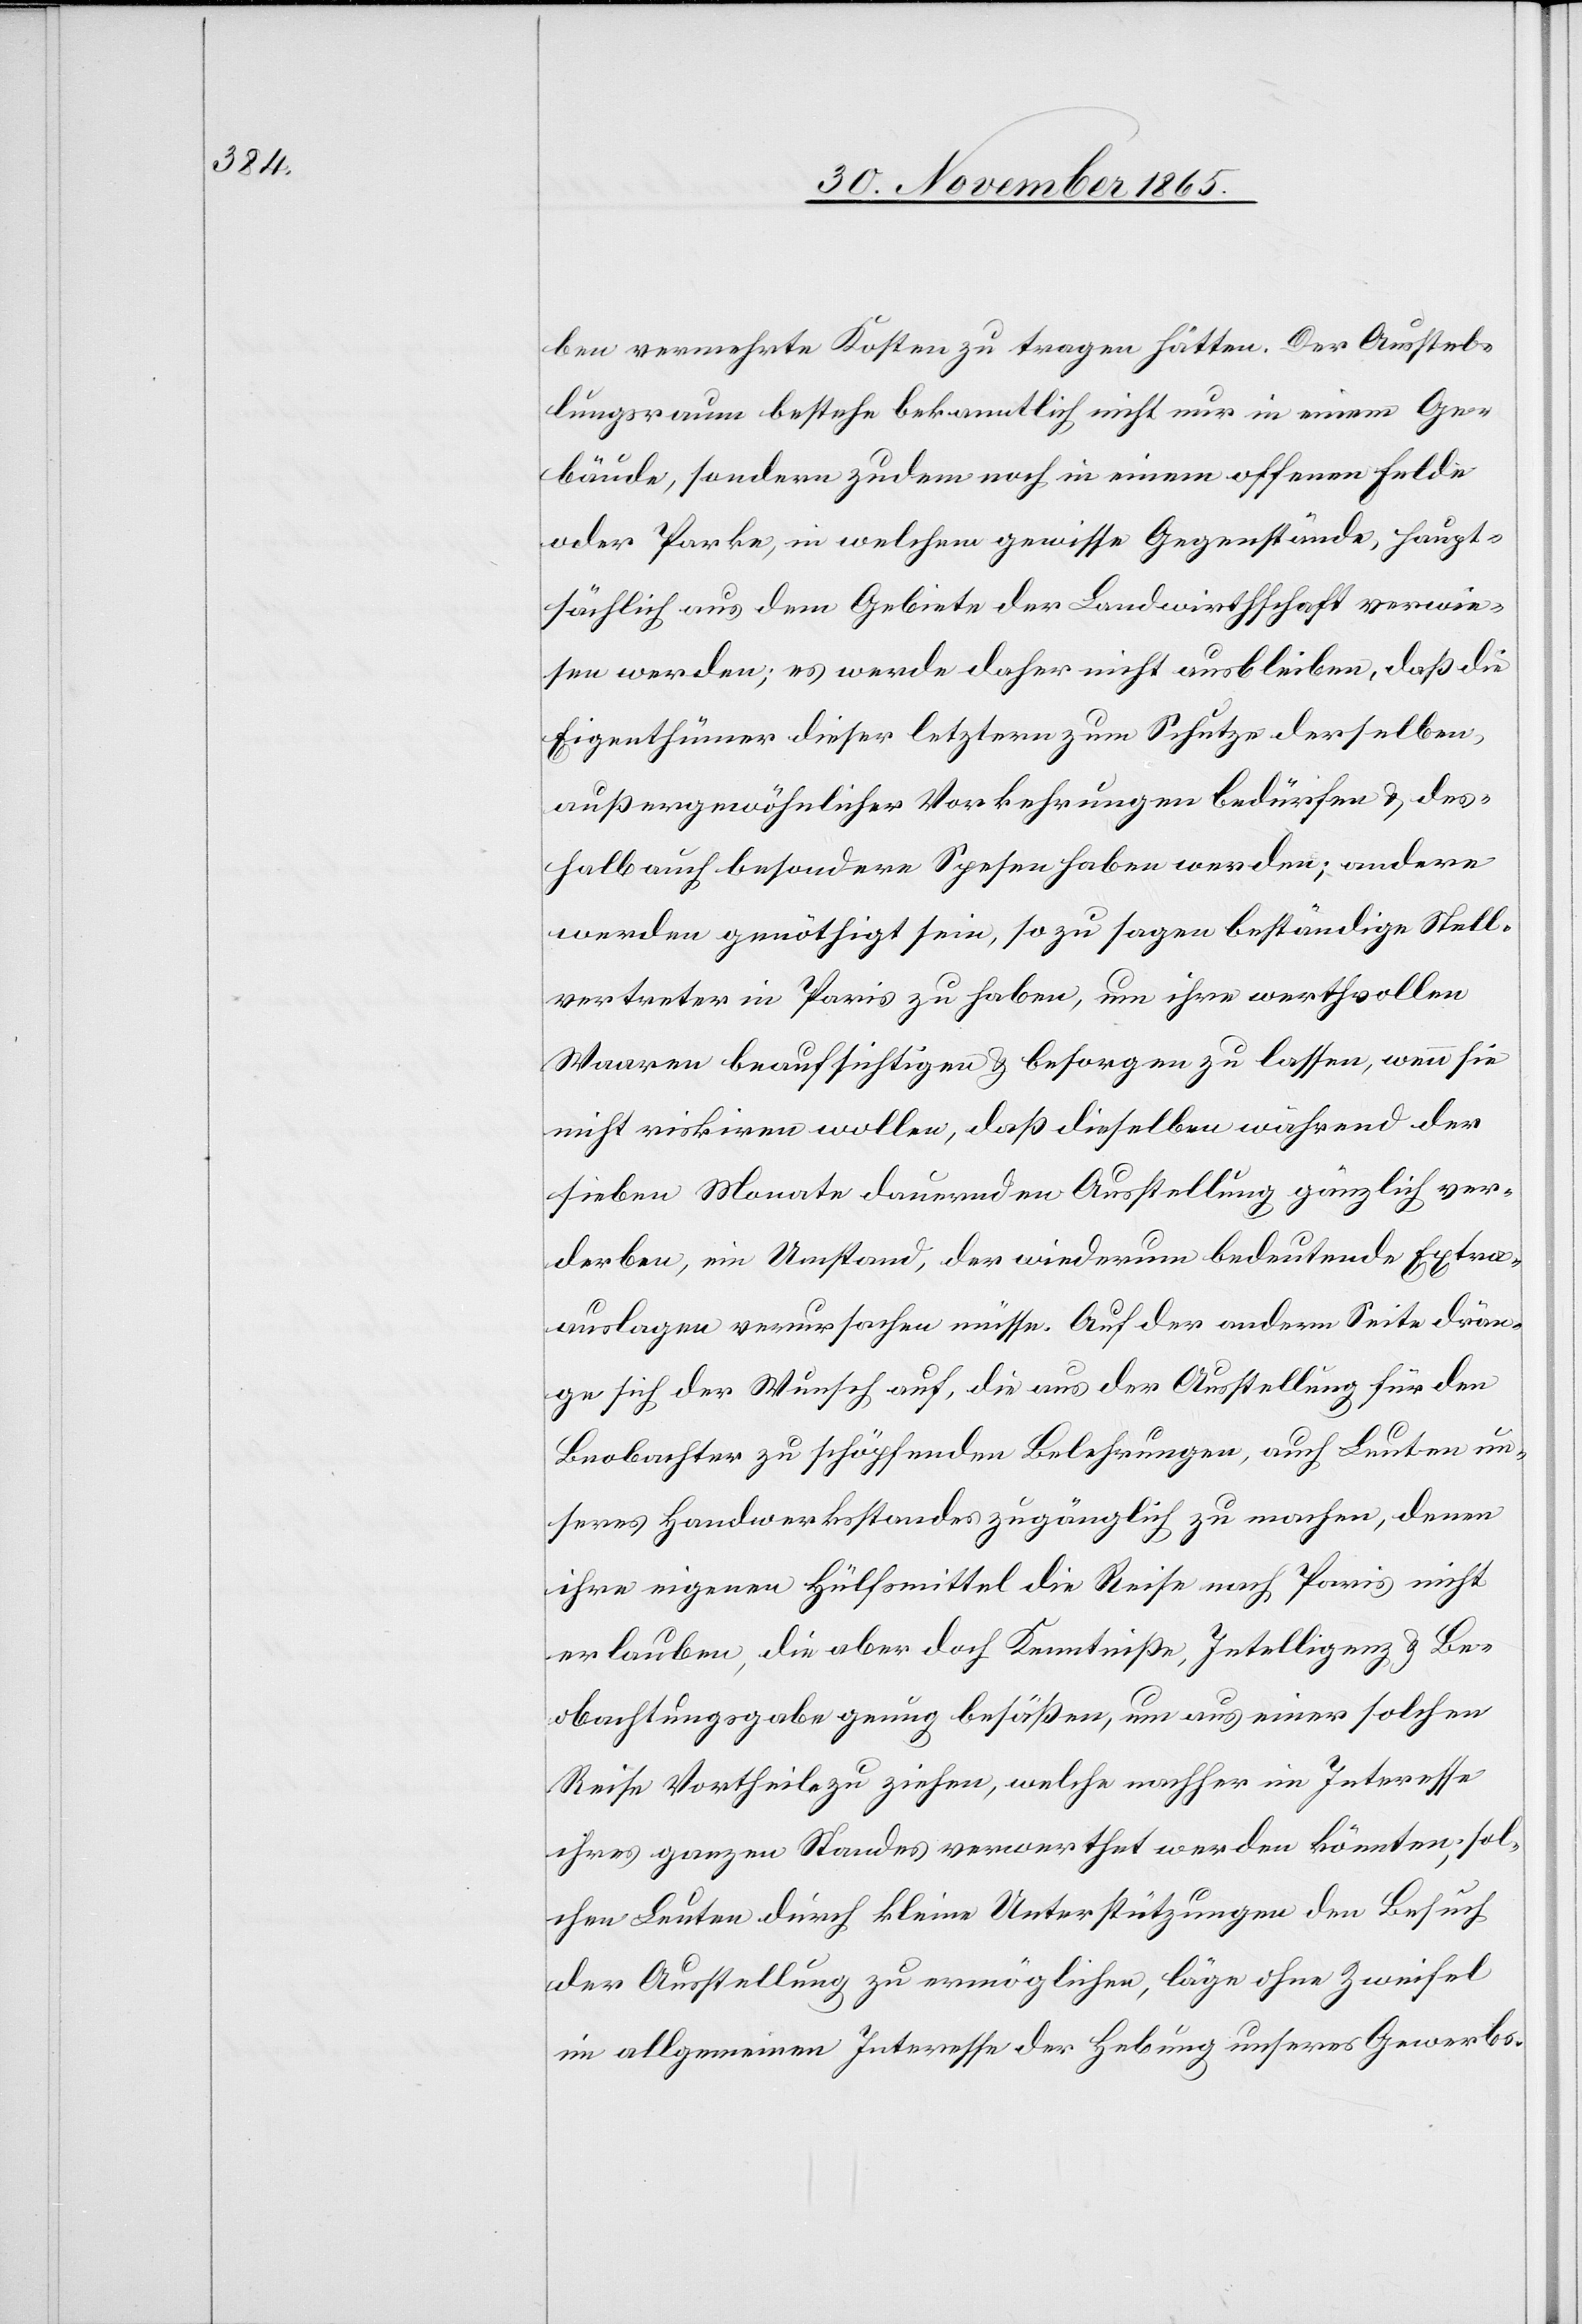
ben vermehrte Kosten zu tragen hätten. Der Ausstel¬
lungsraum bestehe bekanntlich nicht nur in einem Ge¬
bäude, sondern zudem noch in einem offenen Felde
oder Parke, in welchem gewisse Gegenstände, haupt¬
sächlich aus dem Gebiete der Landwirthschaft verwiesen
[sic!] werden; es werde daher nicht ausbleiben, daß die
Eigenthümer dieser letztern zum Schutze derselben,
außergewöhnlicher Vorkehrungen bedürfen & des¬
halb auch besondere Spesen haben werden; andere
werden genöthigt sein, so zu sagen beständige Stell¬
vertreter in Paris zu haben, um ihre werthvollen
Waaren beaufsichtigen & besorgen zu lassen, wenn sie
nicht riskiren wollen, daß dieselben während der
sieben Monate dauernden Ausstellung gänzlich ver¬
derben, ein Umstand, der wiederum bedeutende Extra¬
auslagen verursachen müsse. Auf der andern Seite drän¬
ge sich der Wunsch auf, die aus der Ausstellung für den
Beobachter zu schöpfenden Belehrungen, auch Leuten un¬
seres Handwerksstandes zugänglich zu machen, denen
ihre eigenen Hülfsmittel die Reise nach Paris nicht
erlauben, die aber doch Kenntniß, Intelligenz & Be¬
obachtungsgabe genug besäßen, um aus einer solchen
Reise Vortheile zu ziehen, welche nachher im Interesse
ihres ganzen Standes verwerthet werden könnten; sol¬
chen Leuten durch kleine Unterstützungen den Besuch
der Ausstellung zu ermöglichen, läge ohne Zweifel
im allgemeinen Interesse der Hebung unseres Gewerbs-